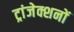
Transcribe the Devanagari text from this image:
ट्रांजेक्शनों